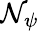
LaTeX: \mathcal{N}_{\psi}